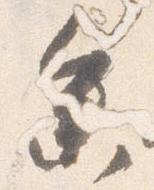
参